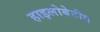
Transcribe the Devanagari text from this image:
हाइलोबेटीस